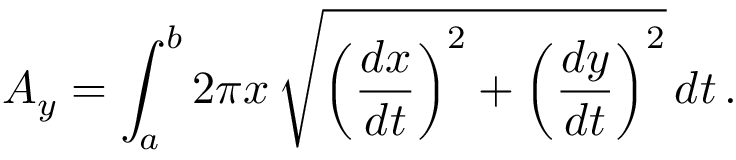
A _ { y } = \int _ { a } ^ { b } 2 \pi x \, { \sqrt { \left( { \frac { d x } { d t } } \right) ^ { 2 } + \left( { \frac { d y } { d t } } \right) ^ { 2 } } } \, d t \, .